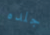
جلده